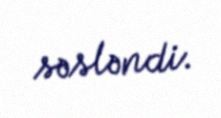
səsləndi.